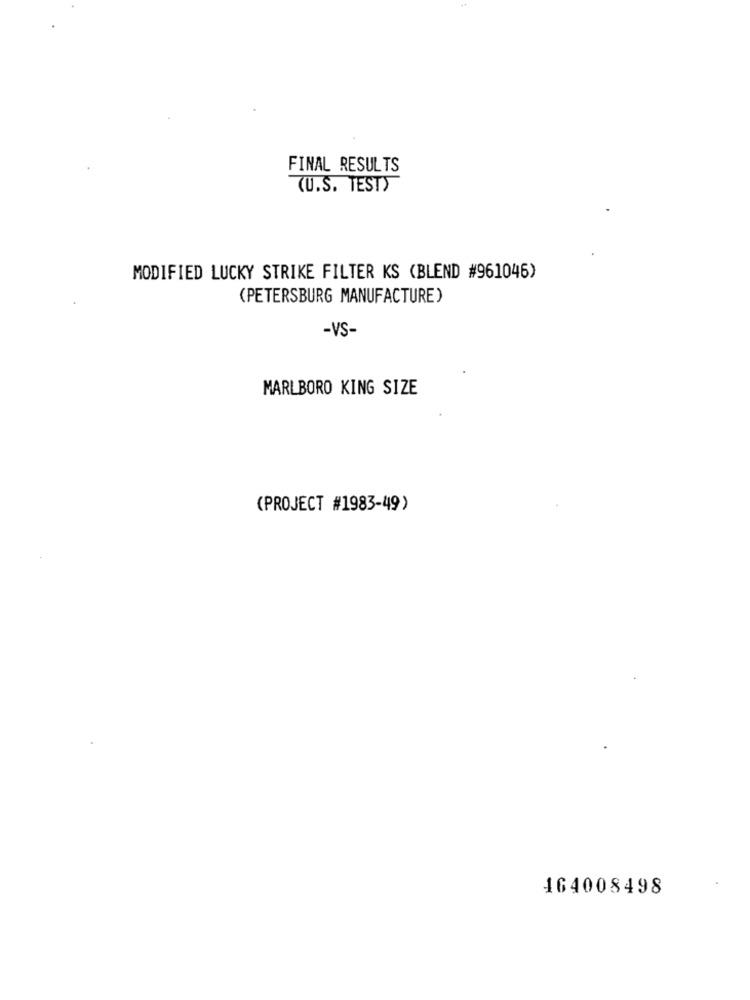
FINAL RESULTS
(U.S. TESTY
MODIFIED LUCKY STRIKE FILTER KS (BLEND #961046)
(PETERSBURG MANUFACTURE)
-VS-
MARLBORO KING SIZE
(PROJECT #1983-49)
164008498